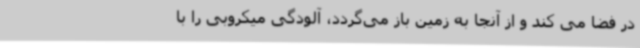
در فضا می کند و از آنجا به زمین باز می‌گردد، آلودگی میکروبی را با